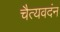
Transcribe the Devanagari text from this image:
चैत्यवदंन